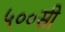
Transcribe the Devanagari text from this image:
५००सी